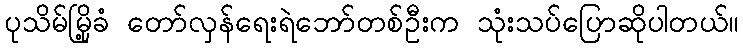
ပုသိမ်မြို့ခံ တော်လှန်ရေးရဲဘော်တစ်ဦးက သုံးသပ်ပြောဆိုပါတယ်။